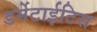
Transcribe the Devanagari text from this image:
डर्मेटाईटिस